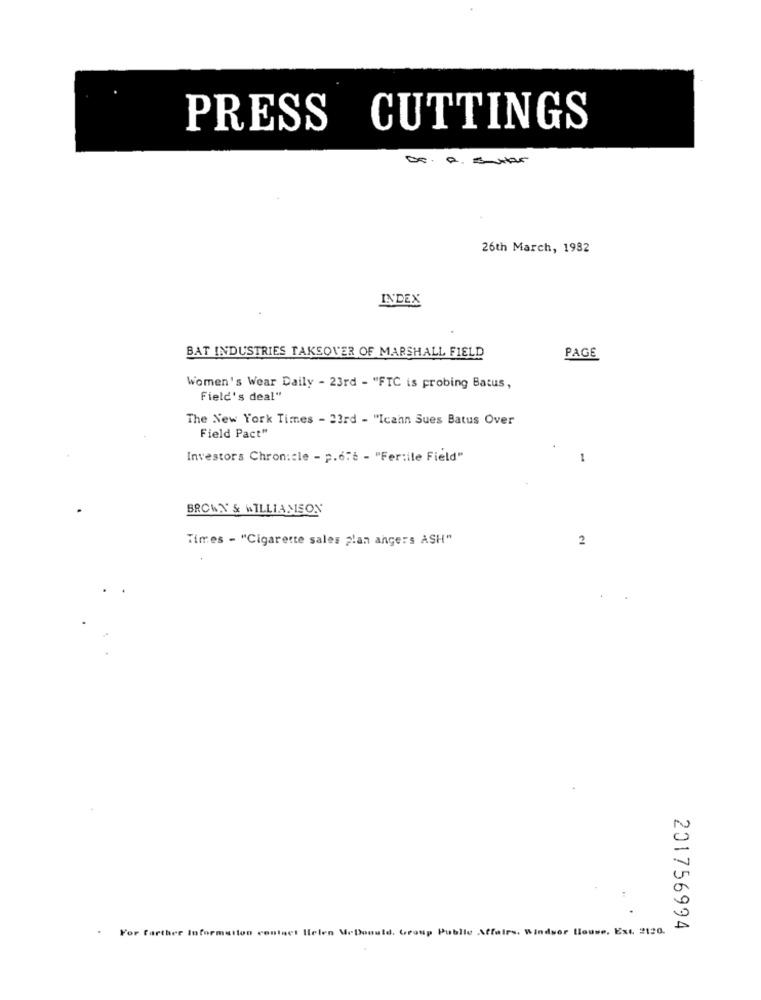
PRESS CUTTINGS
26th March, 1982
INDEX
BAT INDUSTRIES TAKSOVER OF MARSHALL FIELD
PAGE
Women's Wear Daily - 23rd - "FTC is probing Batus,
Field's deal"
The New York Times - 23rd - "Icann Sues Batus Over
Field Pact"
Investors Chronicle - p.6.6 - "Fertile Field"
1
BROWN' & WILLIAMSON
Times - "Cigarette sales plan angers ASH"
2
For farther Information contact Helen MeDonuld. Group Public Affairs. Windsor House, Ext. 2120.
201756994